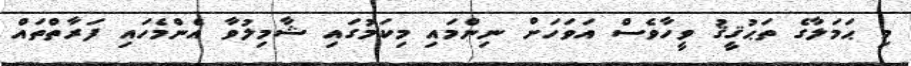
މި ޙަމަލާގެ ތަޙުޤީޤު ވީހާވެސް އަވަހަށް ނިންމައި މިކަމުގައި ޝާމިލުވާ އެންމެހައި ފަރާތްތައް